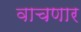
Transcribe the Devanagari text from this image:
वाचणार